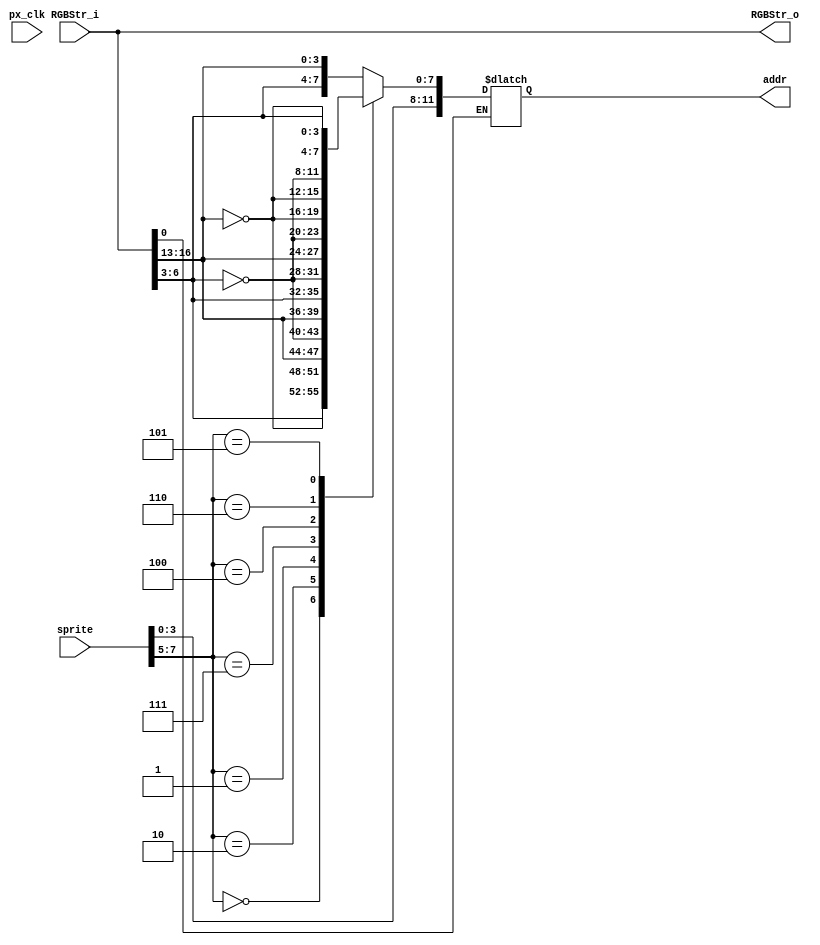
//////////////////////////////////////////////////////////////////////////////////
// Company: Ridotech
//
// Module Name: TestCode
// Description: Code for test.
//
// Dependencies:
//
// Revision:
// Revision 0.01 - File Created.
//
// Additional Comments:
//
//-----------------------------------------------------------------------------
//-- GPL license
//-----------------------------------------------------------------------------

module TestCodeA
(
    input  wire        px_clk,      // Pixel clock.
    input  wire [25:0] RGBStr_i,    // Input RGB stream.
    input  wire [7:0]  sprite,      // Sprite data.
    output reg  [11:0] addr,        // Address ROM where pixel sprites are.
    output reg  [25:0] RGBStr_o     // Output RGB stream.
);

`define YC 12:3         // Y Coordinate
`define XC 22:13        // X Coordinate

//reg [10:0] addr;
//reg [25:0] RGBStr_o;

// Orientation codes.
parameter   LEFT         = 3'b011,
            RIGHT        = 3'b000,
            UP           = 3'b010,
            DOWN         = 3'b001,
            LEFT_MIRROR  = 3'b111,
            RIGHT_MIRROR = 3'b100,
            UP_MIRROR    = 3'b110,
            DOWN_MIRROR  = 3'b101;

wire [7:5] orientation;
wire [3:0] bitmap;
wire [3:0] posx;
wire [3:0] posy;

assign orientation = sprite[7:5];
assign bitmap = sprite[3:0];
assign posx = RGBStr_i[17:13];
assign posy = RGBStr_i[7:3];

always @(px_clk)
begin
    RGBStr_o <= RGBStr_i;
    if (RGBStr_i[0:0])      // Visible pixel.
    begin
    case (orientation)
        LEFT:
            begin
                addr <= {bitmap, posy, posx};
            end
        
        RIGHT:
            begin
                addr <= {bitmap, posy, ~posx};
            end
        
        UP:
            begin
                addr <= {bitmap, posx, ~posy};
            end

        DOWN:
            begin
                addr <= {bitmap, posx, posy};
            end

        LEFT_MIRROR:
            begin
                addr <= {bitmap, ~posy, posx};
            end

        RIGHT_MIRROR:
            begin
                addr <= {bitmap, ~posy, ~posx};
            end
        
        UP_MIRROR:
            begin
                addr <= {bitmap, ~posx, ~posy};
            end

        DOWN_MIRROR:
            begin
                addr <= {bitmap, ~posx, posy};
            end

        default:
            begin
                addr <= {bitmap, posy, posx};
            end
        endcase
    end
end

endmodule